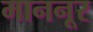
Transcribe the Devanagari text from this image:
माननूर